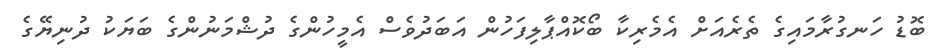
ބޮޑު ހަނގުރާމައިގެ ތެރެއަށް އެމެރިކާ ބޯކޮއްޕާލިފަހުން އަބަދުވެސް އެމީހުންގެ ދުޝްމަނުންގެ ބަޔަކު ދުނިޔޭގެ